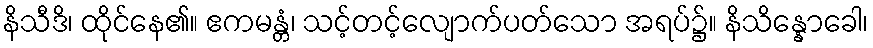
နိသီဒိ၊ ထိုင်နေ၏။ ဧကမန္တံ၊ သင့်တင့်လျောက်ပတ်သော အရပ်၌။ နိသိန္နောခေါ၊